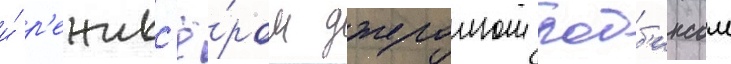
и́ р'ежисс'ё́ром джеромом робб'инсом